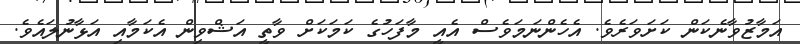
އަމާޒުވާނެކަން ކަށަވަރެވެ. އެހެންނަމަވެސް އެއީ މާފަހުގެ ކަމަކަށް ވާތީ އަޝްވިން އެކަމާއި އަޅާނުލައެވެ.